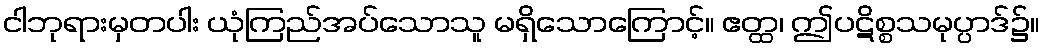
ငါဘုရားမှတပါး ယုံကြည်အပ်သောသူ မရှိသောကြောင့်။ ဧတ္ထ၊ ဤပဋိစ္စသမုပ္ပာဒ်၌။